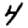
Digit: 4